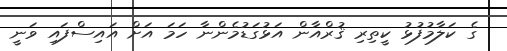
ގެ ކަލާމުފުޅު ކީތިރި ޤުރްއާން އަޅުގަޑުމެންނާ ހަމަ އަށް އައިސްފައި ވަނީ